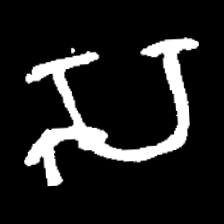
Pyu character \u2014 Myanmar letter: သ (romanized: sa)